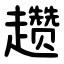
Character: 趱